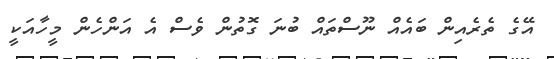
އޭގެ ތެރެއިން ބައެއް ނޫސްތައް ބުނަ ގޮތުން ވެސް އެ އަންހެން މީހާއަކީ